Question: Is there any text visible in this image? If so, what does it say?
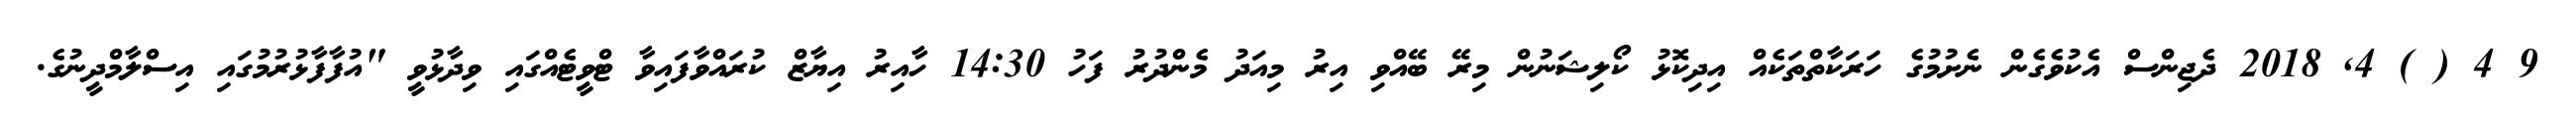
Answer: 9 4 ( ) 4, 2018 ދެޖިންސް އެކުވެގެން ނެށުމުގެ ހަރަކާތްތަކެއް އިދިކޮޅު ކޯލިޝަނުން މިރޭ ބޭއްވި އިރު މިއަދު މެންދުރު ފަހު 14:30 ހާއިރު އިޔާޒް ކުރައްވާފައިވާ ޓްވީޓެއްގައި ވިދާޅުވީ "އުފާފާޅުރުމުގައި އިސްލާމްދީނުގެ.